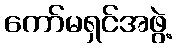
ကော်မရှင်အဖွဲ့